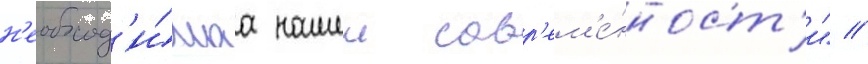
н'еобход'и́маа нашеи совр'ем'е́нност'и" //